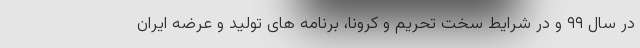
در سال ۹۹ و در شرایط سخت تحریم و کرونا، برنامه های تولید و عرضه ایران